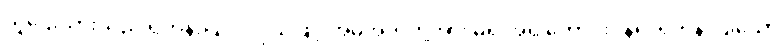
သူဌေးသားသည် ရဟန်းပြုလိုလှသဖြင့် အမိအဘတို့အား မရ အရ တောင်းပန်၍ ရဟန်းပြုသော်